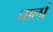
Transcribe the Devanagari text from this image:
नार्ला